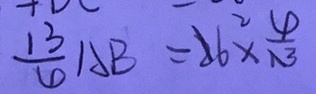
\frac { 1 3 } { 4 } a b = 2 6 ^ { 2 } \times \frac { 4 } { 1 3 }